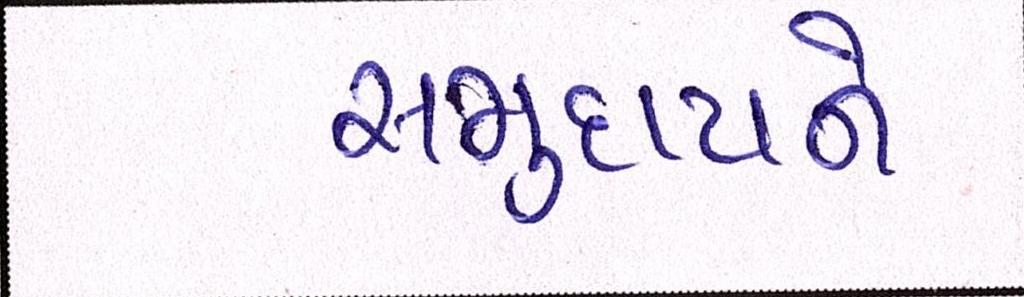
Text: સમુદાયને